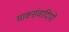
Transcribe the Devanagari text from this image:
मार्क्सवादियों